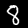
Digit: 8